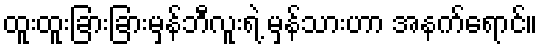
ထူးထူးခြားခြားမှန်ဘီလူးရဲ့ မှန်သားဟာ အနက်ရောင်။